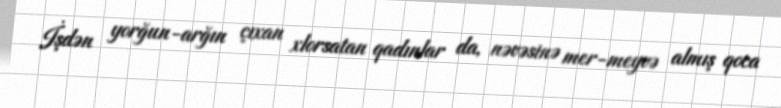
İşdən yorğun-arğın çıxan xlorsatan qadınlar da, nəvəsinə mer-meyvə almış qoca